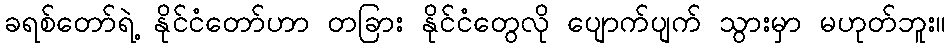
ခရစ်တော်ရဲ့ နိုင်ငံတော်ဟာ တခြား နိုင်ငံတွေလို ပျောက်ပျက် သွားမှာ မဟုတ်ဘူး။